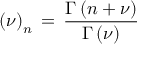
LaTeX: \left( \nu \right) _ { n } \, = \, \frac { \Gamma \left( n + \nu \right) } { \Gamma \left( \nu \right) } \,